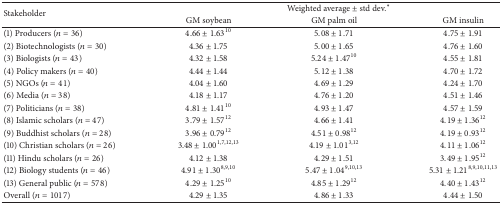
<table><thead><tr><td rowspan="2"><b>Stakeholder</b></td><td colspan="3"><b>Weighted average ± std dev.*</b></td></tr><tr><td><b>GM soybean</b></td><td><b>GM palm oil</b></td><td><b>GM insulin</b></td></tr></thead><tbody><tr><td>(1) Producers (<i>n</i> = 36)</td><td>4.66 ± 1.63<sup>10</sup></td><td>5.08 ± 1.71</td><td>4.75 ± 1.91</td></tr><tr><td>(2) Biotechnologists (<i>n</i> = 30)</td><td>4.36 ± 1.75</td><td>5.00 ± 1.65</td><td>4.76 ± 1.60</td></tr><tr><td>(3) Biologists (<i>n</i> = 43)</td><td>4.32 ± 1.58</td><td>5.24 ± 1.47<sup>10</sup></td><td>4.55 ± 1.81</td></tr><tr><td>(4) Policy makers (<i>n</i> = 40)</td><td>4.44 ± 1.44</td><td>5.12 ± 1.38</td><td>4.70 ± 1.72</td></tr><tr><td>(5) NGOs (<i>n</i> = 41)</td><td>4.04 ± 1.60</td><td>4.69 ± 1.29</td><td>4.24 ± 1.70</td></tr><tr><td>(6) Media (<i>n</i> = 38)</td><td>4.18 ± 1.17</td><td>4.76 ± 1.20</td><td>4.51 ± 1.46</td></tr><tr><td>(7) Politicians (<i>n</i> = 38)</td><td>4.81 ± 1.41<sup>10</sup></td><td>4.93 ± 1.47</td><td>4.57 ± 1.59</td></tr><tr><td>(8) Islamic scholars (<i>n</i> = 47)</td><td>3.79 ± 1.57<sup>12</sup></td><td>4.66 ± 1.41</td><td>4.19 ± 1.36<sup>12</sup></td></tr><tr><td>(9) Buddhist scholars (<i>n</i> = 28)</td><td>3.96 ± 0.79<sup>12</sup></td><td>4.51 ± 0.98<sup>12</sup></td><td>4.19 ± 0.93<sup>12</sup></td></tr><tr><td>(10) Christian scholars (<i>n</i> = 26)</td><td>3.48 ± 1.00<sup>1,7,12,13</sup></td><td>4.19 ± 1.01<sup>3,12</sup></td><td>4.11 ± 1.06<sup>12</sup></td></tr><tr><td>(11) Hindu scholars (<i>n</i> = 26)</td><td>4.12 ± 1.38</td><td>4.29 ± 1.51</td><td>3.49 ± 1.95<sup>12</sup></td></tr><tr><td>(12) Biology students (<i>n</i> = 46)</td><td>4.91 ± 1.30<sup>8,9,10</sup></td><td>5.47 ± 1.04<sup>9,10,13</sup></td><td>5.31 ± 1.21<sup>8,9,10,11,13</sup></td></tr><tr><td>(13) General public (<i>n</i> = 578)</td><td>4.29 ± 1.25<sup>10</sup></td><td>4.85 ± 1.29<sup>12</sup></td><td>4.40 ± 1.43<sup>12</sup></td></tr><tr><td>Overall (<i>n</i> = 1017)</td><td>4.29 ± 1.35</td><td>4.86 ± 1.33</td><td>4.44 ± 1.50</td></tr></tbody></table>